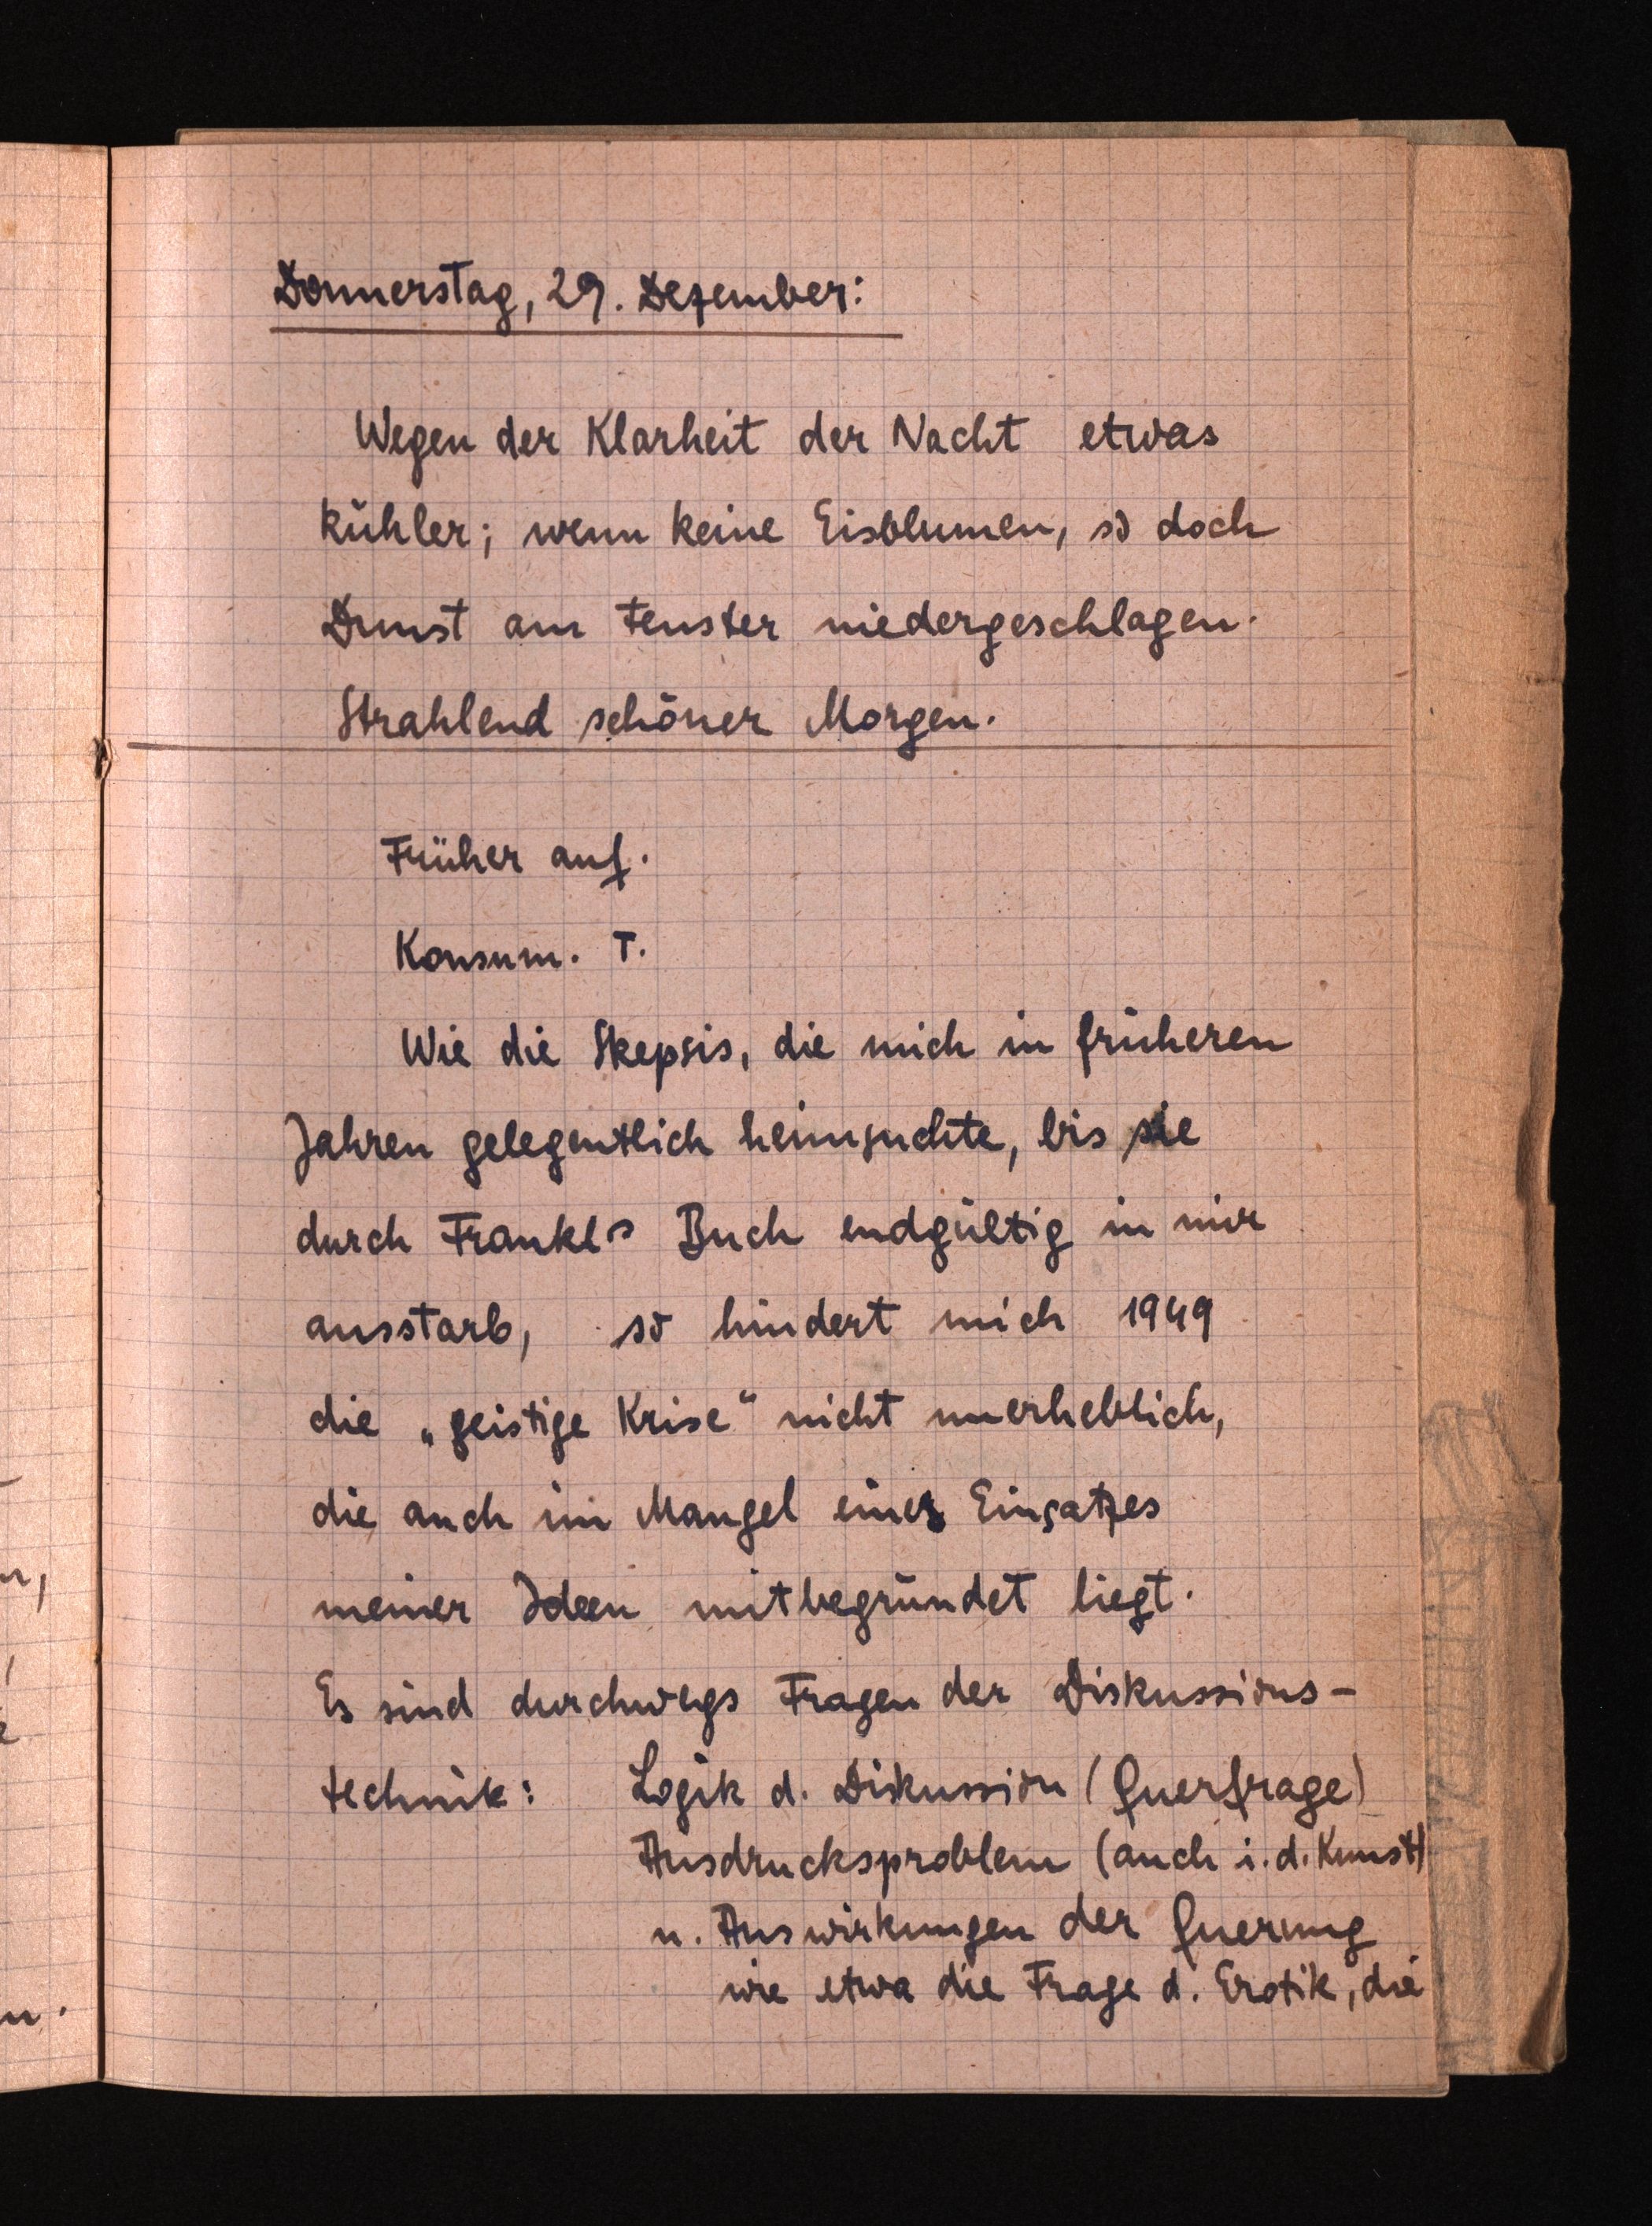
Donnerstag, 29. Dezember:
Wegen der Klarheit der Nacht etwas
kühler; wenn keine Eisblumen, so doch
Dunst am Fenster niedergeschlagen.
Strahlend schöner Morgen.
Früher auf.
Konsum. T.
Wie die Skepsis, die mich in früheren
Jahren gelegentlich heimsuchte, bis sie
durch Frankl Buch endgültig in mir
ausstarb, so hindert mich 1949
die "geistige Krise nicht unerleblich,
die auch im Mangel einer Einsatzes
meiner Ideen mitbegründet liegt.
Es sind durchwegs Fragen der Diskussions¬
techmik: Logik d. Dirkussion (Guerfrage)
Ausdrucksproblem (auch i. d. Kunst
u. Auswirkungen der Guerung
wie etwa die Frage d. Erotik, die